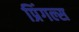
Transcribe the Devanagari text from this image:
प्रिंगल्स